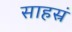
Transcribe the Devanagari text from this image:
साहस्रं